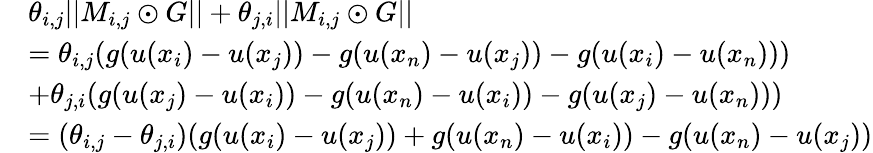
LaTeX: \begin{array}{rl}&{\theta_{i,j}||M_{i,j}\odot G||+\theta_{j,i}||M_{i,j}\odot G||}\\ &{=\theta_{i,j}(g(u(x_{i})-u(x_{j}))-g(u(x_{n})-u(x_{j}))-g(u(x_{i})-u(x_{n})))}\\ &{+\theta_{j,i}(g(u(x_{j})-u(x_{i}))-g(u(x_{n})-u(x_{i}))-g(u(x_{j})-u(x_{n})))}\\ &{=(\theta_{i,j}-\theta_{j,i})(g(u(x_{i})-u(x_{j}))+g(u(x_{n})-u(x_{i}))-g(u(x_{n})-u(x_{j}))}\end{array}